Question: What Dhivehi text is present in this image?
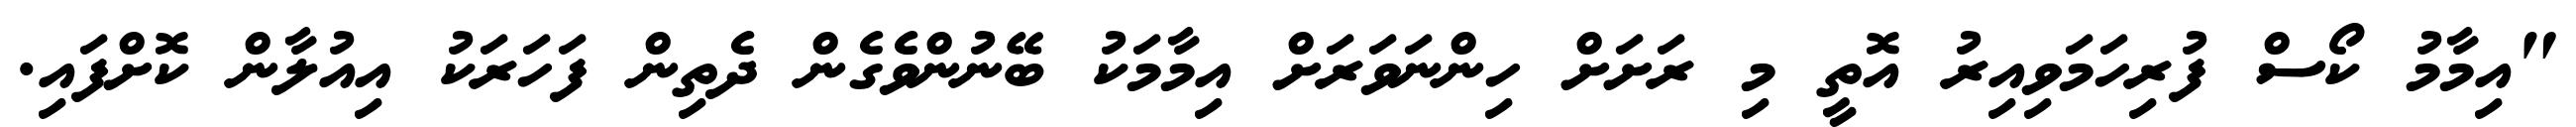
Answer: "އިމާމު ކޯސް ފުރިހަމަވިއިރު އޮތީ މި ރަށަށް ހިންނަވަރަށް އިމާމަކު ބޭނުންވެގެން ދެތިން ފަހަރަކު އިއުލާން ކޮށްފައި.